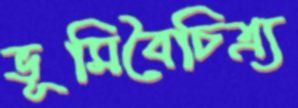
ভূমিবৈচিত্র্য